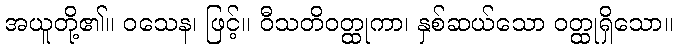
အယူတို့၏။ ဝသေန၊ ဖြင့်။ ဝီသတိဝတ္ထုကာ၊ နှစ်ဆယ်သော ဝတ္ထုရှိသော။